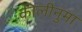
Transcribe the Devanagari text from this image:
कीलीनुमा